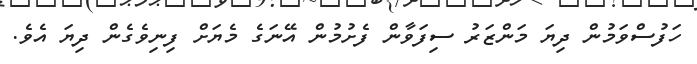
ހަފުސްވަމުން ދިޔަ މަންޒަރު ސިފަވާން ފެށުމުން އޭނަގެ މެޔަށް ފިނިވެގެން ދިޔަ އެވެ.